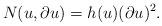
LaTeX: \begin{align*}N(u,\partial u) = h(u) (\partial u)^2. \end{align*}